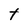
Character: t